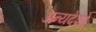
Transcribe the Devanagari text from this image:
अन्यदेशो